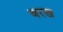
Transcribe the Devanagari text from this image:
वरख